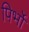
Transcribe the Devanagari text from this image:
पिर्भो